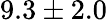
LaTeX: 9.3\pm 2.0